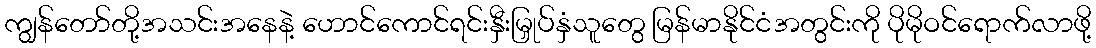
ကျွန်တော်တို့အသင်းအနေနဲ့ ဟောင်ကောင်ရင်းနှီးမြှုပ်နှံသူတွေ မြန်မာနိုင်ငံအတွင်းကို ပိုမိုဝင်ရောက်လာဖို့